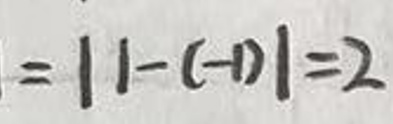
$= | 1 - ( - 1 ) | = 2$